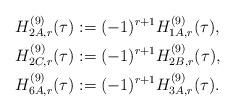
LaTeX: \begin{align*}H^{(9)}_{2A,r}(\tau)&:=(-1)^{r+1}H^{(9)}_{1A,r}(\tau),\\H^{(9)}_{2C,r}(\tau)&:=(-1)^{r+1}H^{(9)}_{2B,r}(\tau),\\H^{(9)}_{6A,r}(\tau)&:=(-1)^{r+1}H^{(9)}_{3A,r}(\tau).\end{align*}